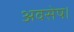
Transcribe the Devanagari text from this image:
अवसेष।